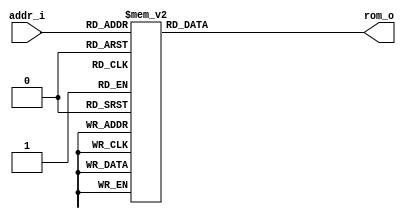
// Name: rom_volts.v
//
// Description: 


module rom_volts (
  input      [9:0] addr_i,
  output reg [11:0] rom_o
);

  always@(addr_i)  
    case(addr_i)
        0 : rom_o = 12'b000000000000; //0.000000
        1 : rom_o = 12'b000000000000; //0.000000
        2 : rom_o = 12'b000000000000; //0.000000
        3 : rom_o = 12'b000000000000; //0.000000
        4 : rom_o = 12'b000000000000; //0.000000
        5 : rom_o = 12'b000000000000; //0.000000
        6 : rom_o = 12'b000000000000; //0.000000
        7 : rom_o = 12'b000000000000; //0.000000
        8 : rom_o = 12'b000000000000; //0.000000
        9 : rom_o = 12'b000000000000; //0.000000
       10 : rom_o = 12'b000000101101; //0.036264
       11 : rom_o = 12'b000000101101; //0.036264
       12 : rom_o = 12'b000000101101; //0.036264
       13 : rom_o = 12'b000000101101; //0.036264
       14 : rom_o = 12'b000000101101; //0.036264
       15 : rom_o = 12'b000000101101; //0.036264
       16 : rom_o = 12'b000000101101; //0.036264
       17 : rom_o = 12'b000000101101; //0.036264
       18 : rom_o = 12'b000000101101; //0.036264
       19 : rom_o = 12'b000000101101; //0.036264
       20 : rom_o = 12'b000001011010; //0.072527
       21 : rom_o = 12'b000001011010; //0.072527
       22 : rom_o = 12'b000001011010; //0.072527
       23 : rom_o = 12'b000001011010; //0.072527
       24 : rom_o = 12'b000001011010; //0.072527
       25 : rom_o = 12'b000001011010; //0.072527
       26 : rom_o = 12'b000001011010; //0.072527
       27 : rom_o = 12'b000001011010; //0.072527
       28 : rom_o = 12'b000001011010; //0.072527
       29 : rom_o = 12'b000001011010; //0.072527
       30 : rom_o = 12'b000010000111; //0.108791
       31 : rom_o = 12'b000010000111; //0.108791
       32 : rom_o = 12'b000010000111; //0.108791
       33 : rom_o = 12'b000010000111; //0.108791
       34 : rom_o = 12'b000010000111; //0.108791
       35 : rom_o = 12'b000010000111; //0.108791
       36 : rom_o = 12'b000010000111; //0.108791
       37 : rom_o = 12'b000010000111; //0.108791
       38 : rom_o = 12'b000010000111; //0.108791
       39 : rom_o = 12'b000010000111; //0.108791
       40 : rom_o = 12'b000010110100; //0.145055
       41 : rom_o = 12'b000010110100; //0.145055
       42 : rom_o = 12'b000010110100; //0.145055
       43 : rom_o = 12'b000010110100; //0.145055
       44 : rom_o = 12'b000010110100; //0.145055
       45 : rom_o = 12'b000010110100; //0.145055
       46 : rom_o = 12'b000010110100; //0.145055
       47 : rom_o = 12'b000010110100; //0.145055
       48 : rom_o = 12'b000010110100; //0.145055
       49 : rom_o = 12'b000010110100; //0.145055
       50 : rom_o = 12'b000011100001; //0.181319
       51 : rom_o = 12'b000011100001; //0.181319
       52 : rom_o = 12'b000011100001; //0.181319
       53 : rom_o = 12'b000011100001; //0.181319
       54 : rom_o = 12'b000011100001; //0.181319
       55 : rom_o = 12'b000011100001; //0.181319
       56 : rom_o = 12'b000011100001; //0.181319
       57 : rom_o = 12'b000011100001; //0.181319
       58 : rom_o = 12'b000011100001; //0.181319
       59 : rom_o = 12'b000011100001; //0.181319
       60 : rom_o = 12'b000100001110; //0.217582
       61 : rom_o = 12'b000100001110; //0.217582
       62 : rom_o = 12'b000100001110; //0.217582
       63 : rom_o = 12'b000100001110; //0.217582
       64 : rom_o = 12'b000100001110; //0.217582
       65 : rom_o = 12'b000100001110; //0.217582
       66 : rom_o = 12'b000100001110; //0.217582
       67 : rom_o = 12'b000100001110; //0.217582
       68 : rom_o = 12'b000100001110; //0.217582
       69 : rom_o = 12'b000100001110; //0.217582
       70 : rom_o = 12'b000100111011; //0.253846
       71 : rom_o = 12'b000100111011; //0.253846
       72 : rom_o = 12'b000100111011; //0.253846
       73 : rom_o = 12'b000100111011; //0.253846
       74 : rom_o = 12'b000100111011; //0.253846
       75 : rom_o = 12'b000100111011; //0.253846
       76 : rom_o = 12'b000100111011; //0.253846
       77 : rom_o = 12'b000100111011; //0.253846
       78 : rom_o = 12'b000100111011; //0.253846
       79 : rom_o = 12'b000100111011; //0.253846
       80 : rom_o = 12'b000101101000; //0.290110
       81 : rom_o = 12'b000101101000; //0.290110
       82 : rom_o = 12'b000101101000; //0.290110
       83 : rom_o = 12'b000101101000; //0.290110
       84 : rom_o = 12'b000101101000; //0.290110
       85 : rom_o = 12'b000101101000; //0.290110
       86 : rom_o = 12'b000101101000; //0.290110
       87 : rom_o = 12'b000101101000; //0.290110
       88 : rom_o = 12'b000101101000; //0.290110
       89 : rom_o = 12'b000101101000; //0.290110
       90 : rom_o = 12'b000110010101; //0.326374
       91 : rom_o = 12'b000110010101; //0.326374
       92 : rom_o = 12'b000110010101; //0.326374
       93 : rom_o = 12'b000110010101; //0.326374
       94 : rom_o = 12'b000110010101; //0.326374
       95 : rom_o = 12'b000110010101; //0.326374
       96 : rom_o = 12'b000110010101; //0.326374
       97 : rom_o = 12'b000110010101; //0.326374
       98 : rom_o = 12'b000110010101; //0.326374
       99 : rom_o = 12'b000110010101; //0.326374
      100 : rom_o = 12'b000111000010; //0.362637
      101 : rom_o = 12'b000111000010; //0.362637
      102 : rom_o = 12'b000111000010; //0.362637
      103 : rom_o = 12'b000111000010; //0.362637
      104 : rom_o = 12'b000111000010; //0.362637
      105 : rom_o = 12'b000111000010; //0.362637
      106 : rom_o = 12'b000111000010; //0.362637
      107 : rom_o = 12'b000111000010; //0.362637
      108 : rom_o = 12'b000111000010; //0.362637
      109 : rom_o = 12'b000111000010; //0.362637
      110 : rom_o = 12'b000111101111; //0.398901
      111 : rom_o = 12'b000111101111; //0.398901
      112 : rom_o = 12'b000111101111; //0.398901
      113 : rom_o = 12'b000111101111; //0.398901
      114 : rom_o = 12'b000111101111; //0.398901
      115 : rom_o = 12'b000111101111; //0.398901
      116 : rom_o = 12'b000111101111; //0.398901
      117 : rom_o = 12'b000111101111; //0.398901
      118 : rom_o = 12'b000111101111; //0.398901
      119 : rom_o = 12'b000111101111; //0.398901
      120 : rom_o = 12'b001000011100; //0.435165
      121 : rom_o = 12'b001000011100; //0.435165
      122 : rom_o = 12'b001000011100; //0.435165
      123 : rom_o = 12'b001000011100; //0.435165
      124 : rom_o = 12'b001000011100; //0.435165
      125 : rom_o = 12'b001000011100; //0.435165
      126 : rom_o = 12'b001000011100; //0.435165
      127 : rom_o = 12'b001000011100; //0.435165
      128 : rom_o = 12'b001000011100; //0.435165
      129 : rom_o = 12'b001000011100; //0.435165
      130 : rom_o = 12'b001001001001; //0.471429
      131 : rom_o = 12'b001001001001; //0.471429
      132 : rom_o = 12'b001001001001; //0.471429
      133 : rom_o = 12'b001001001001; //0.471429
      134 : rom_o = 12'b001001001001; //0.471429
      135 : rom_o = 12'b001001001001; //0.471429
      136 : rom_o = 12'b001001001001; //0.471429
      137 : rom_o = 12'b001001001001; //0.471429
      138 : rom_o = 12'b001001001001; //0.471429
      139 : rom_o = 12'b001001001001; //0.471429
      140 : rom_o = 12'b001001110110; //0.507692
      141 : rom_o = 12'b001001110110; //0.507692
      142 : rom_o = 12'b001001110110; //0.507692
      143 : rom_o = 12'b001001110110; //0.507692
      144 : rom_o = 12'b001001110110; //0.507692
      145 : rom_o = 12'b001001110110; //0.507692
      146 : rom_o = 12'b001001110110; //0.507692
      147 : rom_o = 12'b001001110110; //0.507692
      148 : rom_o = 12'b001001110110; //0.507692
      149 : rom_o = 12'b001001110110; //0.507692
      150 : rom_o = 12'b001010100011; //0.543956
      151 : rom_o = 12'b001010100011; //0.543956
      152 : rom_o = 12'b001010100011; //0.543956
      153 : rom_o = 12'b001010100011; //0.543956
      154 : rom_o = 12'b001010100011; //0.543956
      155 : rom_o = 12'b001010100011; //0.543956
      156 : rom_o = 12'b001010100011; //0.543956
      157 : rom_o = 12'b001010100011; //0.543956
      158 : rom_o = 12'b001010100011; //0.543956
      159 : rom_o = 12'b001010100011; //0.543956
      160 : rom_o = 12'b001011010000; //0.580220
      161 : rom_o = 12'b001011010000; //0.580220
      162 : rom_o = 12'b001011010000; //0.580220
      163 : rom_o = 12'b001011010000; //0.580220
      164 : rom_o = 12'b001011010000; //0.580220
      165 : rom_o = 12'b001011010000; //0.580220
      166 : rom_o = 12'b001011010000; //0.580220
      167 : rom_o = 12'b001011010000; //0.580220
      168 : rom_o = 12'b001011010000; //0.580220
      169 : rom_o = 12'b001011010000; //0.580220
      170 : rom_o = 12'b001011111101; //0.616484
      171 : rom_o = 12'b001011111101; //0.616484
      172 : rom_o = 12'b001011111101; //0.616484
      173 : rom_o = 12'b001011111101; //0.616484
      174 : rom_o = 12'b001011111101; //0.616484
      175 : rom_o = 12'b001011111101; //0.616484
      176 : rom_o = 12'b001011111101; //0.616484
      177 : rom_o = 12'b001011111101; //0.616484
      178 : rom_o = 12'b001011111101; //0.616484
      179 : rom_o = 12'b001011111101; //0.616484
      180 : rom_o = 12'b001100101010; //0.652747
      181 : rom_o = 12'b001100101010; //0.652747
      182 : rom_o = 12'b001100101010; //0.652747
      183 : rom_o = 12'b001100101010; //0.652747
      184 : rom_o = 12'b001100101010; //0.652747
      185 : rom_o = 12'b001100101010; //0.652747
      186 : rom_o = 12'b001100101010; //0.652747
      187 : rom_o = 12'b001100101010; //0.652747
      188 : rom_o = 12'b001100101010; //0.652747
      189 : rom_o = 12'b001100101010; //0.652747
      190 : rom_o = 12'b001101010111; //0.689011
      191 : rom_o = 12'b001101010111; //0.689011
      192 : rom_o = 12'b001101010111; //0.689011
      193 : rom_o = 12'b001101010111; //0.689011
      194 : rom_o = 12'b001101010111; //0.689011
      195 : rom_o = 12'b001101010111; //0.689011
      196 : rom_o = 12'b001101010111; //0.689011
      197 : rom_o = 12'b001101010111; //0.689011
      198 : rom_o = 12'b001101010111; //0.689011
      199 : rom_o = 12'b001101010111; //0.689011
      200 : rom_o = 12'b001110000100; //0.725275
      201 : rom_o = 12'b001110000100; //0.725275
      202 : rom_o = 12'b001110000100; //0.725275
      203 : rom_o = 12'b001110000100; //0.725275
      204 : rom_o = 12'b001110000100; //0.725275
      205 : rom_o = 12'b001110000100; //0.725275
      206 : rom_o = 12'b001110000100; //0.725275
      207 : rom_o = 12'b001110000100; //0.725275
      208 : rom_o = 12'b001110000100; //0.725275
      209 : rom_o = 12'b001110000100; //0.725275
      210 : rom_o = 12'b001110110001; //0.761538
      211 : rom_o = 12'b001110110001; //0.761538
      212 : rom_o = 12'b001110110001; //0.761538
      213 : rom_o = 12'b001110110001; //0.761538
      214 : rom_o = 12'b001110110001; //0.761538
      215 : rom_o = 12'b001110110001; //0.761538
      216 : rom_o = 12'b001110110001; //0.761538
      217 : rom_o = 12'b001110110001; //0.761538
      218 : rom_o = 12'b001110110001; //0.761538
      219 : rom_o = 12'b001110110001; //0.761538
      220 : rom_o = 12'b001111011110; //0.797802
      221 : rom_o = 12'b001111011110; //0.797802
      222 : rom_o = 12'b001111011110; //0.797802
      223 : rom_o = 12'b001111011110; //0.797802
      224 : rom_o = 12'b001111011110; //0.797802
      225 : rom_o = 12'b001111011110; //0.797802
      226 : rom_o = 12'b001111011110; //0.797802
      227 : rom_o = 12'b001111011110; //0.797802
      228 : rom_o = 12'b001111011110; //0.797802
      229 : rom_o = 12'b001111011110; //0.797802
      230 : rom_o = 12'b010000001011; //0.834066
      231 : rom_o = 12'b010000001011; //0.834066
      232 : rom_o = 12'b010000001011; //0.834066
      233 : rom_o = 12'b010000001011; //0.834066
      234 : rom_o = 12'b010000001011; //0.834066
      235 : rom_o = 12'b010000001011; //0.834066
      236 : rom_o = 12'b010000001011; //0.834066
      237 : rom_o = 12'b010000001011; //0.834066
      238 : rom_o = 12'b010000001011; //0.834066
      239 : rom_o = 12'b010000001011; //0.834066
      240 : rom_o = 12'b010000111000; //0.870330
      241 : rom_o = 12'b010000111000; //0.870330
      242 : rom_o = 12'b010000111000; //0.870330
      243 : rom_o = 12'b010000111000; //0.870330
      244 : rom_o = 12'b010000111000; //0.870330
      245 : rom_o = 12'b010000111000; //0.870330
      246 : rom_o = 12'b010000111000; //0.870330
      247 : rom_o = 12'b010000111000; //0.870330
      248 : rom_o = 12'b010000111000; //0.870330
      249 : rom_o = 12'b010000111000; //0.870330
      250 : rom_o = 12'b010001100101; //0.906593
      251 : rom_o = 12'b010001100101; //0.906593
      252 : rom_o = 12'b010001100101; //0.906593
      253 : rom_o = 12'b010001100101; //0.906593
      254 : rom_o = 12'b010001100101; //0.906593
      255 : rom_o = 12'b010001100101; //0.906593
      256 : rom_o = 12'b010001100101; //0.906593
      257 : rom_o = 12'b010001100101; //0.906593
      258 : rom_o = 12'b010001100101; //0.906593
      259 : rom_o = 12'b010001100101; //0.906593
      260 : rom_o = 12'b010010010010; //0.942857
      261 : rom_o = 12'b010010010010; //0.942857
      262 : rom_o = 12'b010010010010; //0.942857
      263 : rom_o = 12'b010010010010; //0.942857
      264 : rom_o = 12'b010010010010; //0.942857
      265 : rom_o = 12'b010010010010; //0.942857
      266 : rom_o = 12'b010010010010; //0.942857
      267 : rom_o = 12'b010010010010; //0.942857
      268 : rom_o = 12'b010010010010; //0.942857
      269 : rom_o = 12'b010010010010; //0.942857
      270 : rom_o = 12'b010010111111; //0.979121
      271 : rom_o = 12'b010010111111; //0.979121
      272 : rom_o = 12'b010010111111; //0.979121
      273 : rom_o = 12'b010010111111; //0.979121
      274 : rom_o = 12'b010010111111; //0.979121
      275 : rom_o = 12'b010010111111; //0.979121
      276 : rom_o = 12'b010010111111; //0.979121
      277 : rom_o = 12'b010010111111; //0.979121
      278 : rom_o = 12'b010010111111; //0.979121
      279 : rom_o = 12'b010010111111; //0.979121
      280 : rom_o = 12'b010011101100; //1.015385
      281 : rom_o = 12'b010011101100; //1.015385
      282 : rom_o = 12'b010011101100; //1.015385
      283 : rom_o = 12'b010011101100; //1.015385
      284 : rom_o = 12'b010011101100; //1.015385
      285 : rom_o = 12'b010011101100; //1.015385
      286 : rom_o = 12'b010011101100; //1.015385
      287 : rom_o = 12'b010011101100; //1.015385
      288 : rom_o = 12'b010011101100; //1.015385
      289 : rom_o = 12'b010011101100; //1.015385
      290 : rom_o = 12'b010100011001; //1.051648
      291 : rom_o = 12'b010100011001; //1.051648
      292 : rom_o = 12'b010100011001; //1.051648
      293 : rom_o = 12'b010100011001; //1.051648
      294 : rom_o = 12'b010100011001; //1.051648
      295 : rom_o = 12'b010100011001; //1.051648
      296 : rom_o = 12'b010100011001; //1.051648
      297 : rom_o = 12'b010100011001; //1.051648
      298 : rom_o = 12'b010100011001; //1.051648
      299 : rom_o = 12'b010100011001; //1.051648
      300 : rom_o = 12'b010101000110; //1.087912
      301 : rom_o = 12'b010101000110; //1.087912
      302 : rom_o = 12'b010101000110; //1.087912
      303 : rom_o = 12'b010101000110; //1.087912
      304 : rom_o = 12'b010101000110; //1.087912
      305 : rom_o = 12'b010101000110; //1.087912
      306 : rom_o = 12'b010101000110; //1.087912
      307 : rom_o = 12'b010101000110; //1.087912
      308 : rom_o = 12'b010101000110; //1.087912
      309 : rom_o = 12'b010101000110; //1.087912
      310 : rom_o = 12'b010101110011; //1.124176
      311 : rom_o = 12'b010101110011; //1.124176
      312 : rom_o = 12'b010101110011; //1.124176
      313 : rom_o = 12'b010101110011; //1.124176
      314 : rom_o = 12'b010101110011; //1.124176
      315 : rom_o = 12'b010101110011; //1.124176
      316 : rom_o = 12'b010101110011; //1.124176
      317 : rom_o = 12'b010101110011; //1.124176
      318 : rom_o = 12'b010101110011; //1.124176
      319 : rom_o = 12'b010101110011; //1.124176
      320 : rom_o = 12'b010110100000; //1.160440
      321 : rom_o = 12'b010110100000; //1.160440
      322 : rom_o = 12'b010110100000; //1.160440
      323 : rom_o = 12'b010110100000; //1.160440
      324 : rom_o = 12'b010110100000; //1.160440
      325 : rom_o = 12'b010110100000; //1.160440
      326 : rom_o = 12'b010110100000; //1.160440
      327 : rom_o = 12'b010110100000; //1.160440
      328 : rom_o = 12'b010110100000; //1.160440
      329 : rom_o = 12'b010110100000; //1.160440
      330 : rom_o = 12'b010111001101; //1.196703
      331 : rom_o = 12'b010111001101; //1.196703
      332 : rom_o = 12'b010111001101; //1.196703
      333 : rom_o = 12'b010111001101; //1.196703
      334 : rom_o = 12'b010111001101; //1.196703
      335 : rom_o = 12'b010111001101; //1.196703
      336 : rom_o = 12'b010111001101; //1.196703
      337 : rom_o = 12'b010111001101; //1.196703
      338 : rom_o = 12'b010111001101; //1.196703
      339 : rom_o = 12'b010111001101; //1.196703
      340 : rom_o = 12'b010111111010; //1.232967
      341 : rom_o = 12'b010111111010; //1.232967
      342 : rom_o = 12'b010111111010; //1.232967
      343 : rom_o = 12'b010111111010; //1.232967
      344 : rom_o = 12'b010111111010; //1.232967
      345 : rom_o = 12'b010111111010; //1.232967
      346 : rom_o = 12'b010111111010; //1.232967
      347 : rom_o = 12'b010111111010; //1.232967
      348 : rom_o = 12'b010111111010; //1.232967
      349 : rom_o = 12'b010111111010; //1.232967
      350 : rom_o = 12'b011000100111; //1.269231
      351 : rom_o = 12'b011000100111; //1.269231
      352 : rom_o = 12'b011000100111; //1.269231
      353 : rom_o = 12'b011000100111; //1.269231
      354 : rom_o = 12'b011000100111; //1.269231
      355 : rom_o = 12'b011000100111; //1.269231
      356 : rom_o = 12'b011000100111; //1.269231
      357 : rom_o = 12'b011000100111; //1.269231
      358 : rom_o = 12'b011000100111; //1.269231
      359 : rom_o = 12'b011000100111; //1.269231
      360 : rom_o = 12'b011001010100; //1.305495
      361 : rom_o = 12'b011001010100; //1.305495
      362 : rom_o = 12'b011001010100; //1.305495
      363 : rom_o = 12'b011001010100; //1.305495
      364 : rom_o = 12'b011001010100; //1.305495
      365 : rom_o = 12'b011001010100; //1.305495
      366 : rom_o = 12'b011001010100; //1.305495
      367 : rom_o = 12'b011001010100; //1.305495
      368 : rom_o = 12'b011001010100; //1.305495
      369 : rom_o = 12'b011001010100; //1.305495
      370 : rom_o = 12'b011010000001; //1.341758
      371 : rom_o = 12'b011010000001; //1.341758
      372 : rom_o = 12'b011010000001; //1.341758
      373 : rom_o = 12'b011010000001; //1.341758
      374 : rom_o = 12'b011010000001; //1.341758
      375 : rom_o = 12'b011010000001; //1.341758
      376 : rom_o = 12'b011010000001; //1.341758
      377 : rom_o = 12'b011010000001; //1.341758
      378 : rom_o = 12'b011010000001; //1.341758
      379 : rom_o = 12'b011010000001; //1.341758
      380 : rom_o = 12'b011010101110; //1.378022
      381 : rom_o = 12'b011010101110; //1.378022
      382 : rom_o = 12'b011010101110; //1.378022
      383 : rom_o = 12'b011010101110; //1.378022
      384 : rom_o = 12'b011010101110; //1.378022
      385 : rom_o = 12'b011010101110; //1.378022
      386 : rom_o = 12'b011010101110; //1.378022
      387 : rom_o = 12'b011010101110; //1.378022
      388 : rom_o = 12'b011010101110; //1.378022
      389 : rom_o = 12'b011010101110; //1.378022
      390 : rom_o = 12'b011011011011; //1.414286
      391 : rom_o = 12'b011011011011; //1.414286
      392 : rom_o = 12'b011011011011; //1.414286
      393 : rom_o = 12'b011011011011; //1.414286
      394 : rom_o = 12'b011011011011; //1.414286
      395 : rom_o = 12'b011011011011; //1.414286
      396 : rom_o = 12'b011011011011; //1.414286
      397 : rom_o = 12'b011011011011; //1.414286
      398 : rom_o = 12'b011011011011; //1.414286
      399 : rom_o = 12'b011011011011; //1.414286
      400 : rom_o = 12'b011100001000; //1.450549
      401 : rom_o = 12'b011100001000; //1.450549
      402 : rom_o = 12'b011100001000; //1.450549
      403 : rom_o = 12'b011100001000; //1.450549
      404 : rom_o = 12'b011100001000; //1.450549
      405 : rom_o = 12'b011100001000; //1.450549
      406 : rom_o = 12'b011100001000; //1.450549
      407 : rom_o = 12'b011100001000; //1.450549
      408 : rom_o = 12'b011100001000; //1.450549
      409 : rom_o = 12'b011100001000; //1.450549
      410 : rom_o = 12'b011100110101; //1.486813
      411 : rom_o = 12'b011100110101; //1.486813
      412 : rom_o = 12'b011100110101; //1.486813
      413 : rom_o = 12'b011100110101; //1.486813
      414 : rom_o = 12'b011100110101; //1.486813
      415 : rom_o = 12'b011100110101; //1.486813
      416 : rom_o = 12'b011100110101; //1.486813
      417 : rom_o = 12'b011100110101; //1.486813
      418 : rom_o = 12'b011100110101; //1.486813
      419 : rom_o = 12'b011100110101; //1.486813
      420 : rom_o = 12'b011101100010; //1.523077
      421 : rom_o = 12'b011101100010; //1.523077
      422 : rom_o = 12'b011101100010; //1.523077
      423 : rom_o = 12'b011101100010; //1.523077
      424 : rom_o = 12'b011101100010; //1.523077
      425 : rom_o = 12'b011101100010; //1.523077
      426 : rom_o = 12'b011101100010; //1.523077
      427 : rom_o = 12'b011101100010; //1.523077
      428 : rom_o = 12'b011101100010; //1.523077
      429 : rom_o = 12'b011101100010; //1.523077
      430 : rom_o = 12'b011110001111; //1.559341
      431 : rom_o = 12'b011110001111; //1.559341
      432 : rom_o = 12'b011110001111; //1.559341
      433 : rom_o = 12'b011110001111; //1.559341
      434 : rom_o = 12'b011110001111; //1.559341
      435 : rom_o = 12'b011110001111; //1.559341
      436 : rom_o = 12'b011110001111; //1.559341
      437 : rom_o = 12'b011110001111; //1.559341
      438 : rom_o = 12'b011110001111; //1.559341
      439 : rom_o = 12'b011110001111; //1.559341
      440 : rom_o = 12'b011110111100; //1.595604
      441 : rom_o = 12'b011110111100; //1.595604
      442 : rom_o = 12'b011110111100; //1.595604
      443 : rom_o = 12'b011110111100; //1.595604
      444 : rom_o = 12'b011110111100; //1.595604
      445 : rom_o = 12'b011110111100; //1.595604
      446 : rom_o = 12'b011110111100; //1.595604
      447 : rom_o = 12'b011110111100; //1.595604
      448 : rom_o = 12'b011110111100; //1.595604
      449 : rom_o = 12'b011110111100; //1.595604
      450 : rom_o = 12'b011111101001; //1.631868
      451 : rom_o = 12'b011111101001; //1.631868
      452 : rom_o = 12'b011111101001; //1.631868
      453 : rom_o = 12'b011111101001; //1.631868
      454 : rom_o = 12'b011111101001; //1.631868
      455 : rom_o = 12'b011111101001; //1.631868
      456 : rom_o = 12'b011111101001; //1.631868
      457 : rom_o = 12'b011111101001; //1.631868
      458 : rom_o = 12'b011111101001; //1.631868
      459 : rom_o = 12'b011111101001; //1.631868
      460 : rom_o = 12'b100000010110; //1.668132
      461 : rom_o = 12'b100000010110; //1.668132
      462 : rom_o = 12'b100000010110; //1.668132
      463 : rom_o = 12'b100000010110; //1.668132
      464 : rom_o = 12'b100000010110; //1.668132
      465 : rom_o = 12'b100000010110; //1.668132
      466 : rom_o = 12'b100000010110; //1.668132
      467 : rom_o = 12'b100000010110; //1.668132
      468 : rom_o = 12'b100000010110; //1.668132
      469 : rom_o = 12'b100000010110; //1.668132
      470 : rom_o = 12'b100001000011; //1.704396
      471 : rom_o = 12'b100001000011; //1.704396
      472 : rom_o = 12'b100001000011; //1.704396
      473 : rom_o = 12'b100001000011; //1.704396
      474 : rom_o = 12'b100001000011; //1.704396
      475 : rom_o = 12'b100001000011; //1.704396
      476 : rom_o = 12'b100001000011; //1.704396
      477 : rom_o = 12'b100001000011; //1.704396
      478 : rom_o = 12'b100001000011; //1.704396
      479 : rom_o = 12'b100001000011; //1.704396
      480 : rom_o = 12'b100001110000; //1.740659
      481 : rom_o = 12'b100001110000; //1.740659
      482 : rom_o = 12'b100001110000; //1.740659
      483 : rom_o = 12'b100001110000; //1.740659
      484 : rom_o = 12'b100001110000; //1.740659
      485 : rom_o = 12'b100001110000; //1.740659
      486 : rom_o = 12'b100001110000; //1.740659
      487 : rom_o = 12'b100001110000; //1.740659
      488 : rom_o = 12'b100001110000; //1.740659
      489 : rom_o = 12'b100001110000; //1.740659
      490 : rom_o = 12'b100010011101; //1.776923
      491 : rom_o = 12'b100010011101; //1.776923
      492 : rom_o = 12'b100010011101; //1.776923
      493 : rom_o = 12'b100010011101; //1.776923
      494 : rom_o = 12'b100010011101; //1.776923
      495 : rom_o = 12'b100010011101; //1.776923
      496 : rom_o = 12'b100010011101; //1.776923
      497 : rom_o = 12'b100010011101; //1.776923
      498 : rom_o = 12'b100010011101; //1.776923
      499 : rom_o = 12'b100010011101; //1.776923
      500 : rom_o = 12'b100011001010; //1.813187
      501 : rom_o = 12'b100011001010; //1.813187
      502 : rom_o = 12'b100011001010; //1.813187
      503 : rom_o = 12'b100011001010; //1.813187
      504 : rom_o = 12'b100011001010; //1.813187
      505 : rom_o = 12'b100011001010; //1.813187
      506 : rom_o = 12'b100011001010; //1.813187
      507 : rom_o = 12'b100011001010; //1.813187
      508 : rom_o = 12'b100011001010; //1.813187
      509 : rom_o = 12'b100011001010; //1.813187
      510 : rom_o = 12'b100011110111; //1.849451
      511 : rom_o = 12'b100011110111; //1.849451
      512 : rom_o = 12'b100011110111; //1.849451
      513 : rom_o = 12'b100011110111; //1.849451
      514 : rom_o = 12'b100011110111; //1.849451
      515 : rom_o = 12'b100011110111; //1.849451
      516 : rom_o = 12'b100011110111; //1.849451
      517 : rom_o = 12'b100011110111; //1.849451
      518 : rom_o = 12'b100011110111; //1.849451
      519 : rom_o = 12'b100011110111; //1.849451
      520 : rom_o = 12'b100100100100; //1.885714
      521 : rom_o = 12'b100100100100; //1.885714
      522 : rom_o = 12'b100100100100; //1.885714
      523 : rom_o = 12'b100100100100; //1.885714
      524 : rom_o = 12'b100100100100; //1.885714
      525 : rom_o = 12'b100100100100; //1.885714
      526 : rom_o = 12'b100100100100; //1.885714
      527 : rom_o = 12'b100100100100; //1.885714
      528 : rom_o = 12'b100100100100; //1.885714
      529 : rom_o = 12'b100100100100; //1.885714
      530 : rom_o = 12'b100101010001; //1.921978
      531 : rom_o = 12'b100101010001; //1.921978
      532 : rom_o = 12'b100101010001; //1.921978
      533 : rom_o = 12'b100101010001; //1.921978
      534 : rom_o = 12'b100101010001; //1.921978
      535 : rom_o = 12'b100101010001; //1.921978
      536 : rom_o = 12'b100101010001; //1.921978
      537 : rom_o = 12'b100101010001; //1.921978
      538 : rom_o = 12'b100101010001; //1.921978
      539 : rom_o = 12'b100101010001; //1.921978
      540 : rom_o = 12'b100101111110; //1.958242
      541 : rom_o = 12'b100101111110; //1.958242
      542 : rom_o = 12'b100101111110; //1.958242
      543 : rom_o = 12'b100101111110; //1.958242
      544 : rom_o = 12'b100101111110; //1.958242
      545 : rom_o = 12'b100101111110; //1.958242
      546 : rom_o = 12'b100101111110; //1.958242
      547 : rom_o = 12'b100101111110; //1.958242
      548 : rom_o = 12'b100101111110; //1.958242
      549 : rom_o = 12'b100101111110; //1.958242
      550 : rom_o = 12'b100110101011; //1.994505
      551 : rom_o = 12'b100110101011; //1.994505
      552 : rom_o = 12'b100110101011; //1.994505
      553 : rom_o = 12'b100110101011; //1.994505
      554 : rom_o = 12'b100110101011; //1.994505
      555 : rom_o = 12'b100110101011; //1.994505
      556 : rom_o = 12'b100110101011; //1.994505
      557 : rom_o = 12'b100110101011; //1.994505
      558 : rom_o = 12'b100110101011; //1.994505
      559 : rom_o = 12'b100110101011; //1.994505
      560 : rom_o = 12'b100111011000; //2.030769
      561 : rom_o = 12'b100111011000; //2.030769
      562 : rom_o = 12'b100111011000; //2.030769
      563 : rom_o = 12'b100111011000; //2.030769
      564 : rom_o = 12'b100111011000; //2.030769
      565 : rom_o = 12'b100111011000; //2.030769
      566 : rom_o = 12'b100111011000; //2.030769
      567 : rom_o = 12'b100111011000; //2.030769
      568 : rom_o = 12'b100111011000; //2.030769
      569 : rom_o = 12'b100111011000; //2.030769
      570 : rom_o = 12'b101000000101; //2.067033
      571 : rom_o = 12'b101000000101; //2.067033
      572 : rom_o = 12'b101000000101; //2.067033
      573 : rom_o = 12'b101000000101; //2.067033
      574 : rom_o = 12'b101000000101; //2.067033
      575 : rom_o = 12'b101000000101; //2.067033
      576 : rom_o = 12'b101000000101; //2.067033
      577 : rom_o = 12'b101000000101; //2.067033
      578 : rom_o = 12'b101000000101; //2.067033
      579 : rom_o = 12'b101000000101; //2.067033
      580 : rom_o = 12'b101000110010; //2.103297
      581 : rom_o = 12'b101000110010; //2.103297
      582 : rom_o = 12'b101000110010; //2.103297
      583 : rom_o = 12'b101000110010; //2.103297
      584 : rom_o = 12'b101000110010; //2.103297
      585 : rom_o = 12'b101000110010; //2.103297
      586 : rom_o = 12'b101000110010; //2.103297
      587 : rom_o = 12'b101000110010; //2.103297
      588 : rom_o = 12'b101000110010; //2.103297
      589 : rom_o = 12'b101000110010; //2.103297
      590 : rom_o = 12'b101001011111; //2.139560
      591 : rom_o = 12'b101001011111; //2.139560
      592 : rom_o = 12'b101001011111; //2.139560
      593 : rom_o = 12'b101001011111; //2.139560
      594 : rom_o = 12'b101001011111; //2.139560
      595 : rom_o = 12'b101001011111; //2.139560
      596 : rom_o = 12'b101001011111; //2.139560
      597 : rom_o = 12'b101001011111; //2.139560
      598 : rom_o = 12'b101001011111; //2.139560
      599 : rom_o = 12'b101001011111; //2.139560
      600 : rom_o = 12'b101010001100; //2.175824
      601 : rom_o = 12'b101010001100; //2.175824
      602 : rom_o = 12'b101010001100; //2.175824
      603 : rom_o = 12'b101010001100; //2.175824
      604 : rom_o = 12'b101010001100; //2.175824
      605 : rom_o = 12'b101010001100; //2.175824
      606 : rom_o = 12'b101010001100; //2.175824
      607 : rom_o = 12'b101010001100; //2.175824
      608 : rom_o = 12'b101010001100; //2.175824
      609 : rom_o = 12'b101010001100; //2.175824
      610 : rom_o = 12'b101010111001; //2.212088
      611 : rom_o = 12'b101010111001; //2.212088
      612 : rom_o = 12'b101010111001; //2.212088
      613 : rom_o = 12'b101010111001; //2.212088
      614 : rom_o = 12'b101010111001; //2.212088
      615 : rom_o = 12'b101010111001; //2.212088
      616 : rom_o = 12'b101010111001; //2.212088
      617 : rom_o = 12'b101010111001; //2.212088
      618 : rom_o = 12'b101010111001; //2.212088
      619 : rom_o = 12'b101010111001; //2.212088
      620 : rom_o = 12'b101011100110; //2.248352
      621 : rom_o = 12'b101011100110; //2.248352
      622 : rom_o = 12'b101011100110; //2.248352
      623 : rom_o = 12'b101011100110; //2.248352
      624 : rom_o = 12'b101011100110; //2.248352
      625 : rom_o = 12'b101011100110; //2.248352
      626 : rom_o = 12'b101011100110; //2.248352
      627 : rom_o = 12'b101011100110; //2.248352
      628 : rom_o = 12'b101011100110; //2.248352
      629 : rom_o = 12'b101011100110; //2.248352
      630 : rom_o = 12'b101100010011; //2.284615
      631 : rom_o = 12'b101100010011; //2.284615
      632 : rom_o = 12'b101100010011; //2.284615
      633 : rom_o = 12'b101100010011; //2.284615
      634 : rom_o = 12'b101100010011; //2.284615
      635 : rom_o = 12'b101100010011; //2.284615
      636 : rom_o = 12'b101100010011; //2.284615
      637 : rom_o = 12'b101100010011; //2.284615
      638 : rom_o = 12'b101100010011; //2.284615
      639 : rom_o = 12'b101100010011; //2.284615
      640 : rom_o = 12'b101101000000; //2.320879
      641 : rom_o = 12'b101101000000; //2.320879
      642 : rom_o = 12'b101101000000; //2.320879
      643 : rom_o = 12'b101101000000; //2.320879
      644 : rom_o = 12'b101101000000; //2.320879
      645 : rom_o = 12'b101101000000; //2.320879
      646 : rom_o = 12'b101101000000; //2.320879
      647 : rom_o = 12'b101101000000; //2.320879
      648 : rom_o = 12'b101101000000; //2.320879
      649 : rom_o = 12'b101101000000; //2.320879
      650 : rom_o = 12'b101101101101; //2.357143
      651 : rom_o = 12'b101101101101; //2.357143
      652 : rom_o = 12'b101101101101; //2.357143
      653 : rom_o = 12'b101101101101; //2.357143
      654 : rom_o = 12'b101101101101; //2.357143
      655 : rom_o = 12'b101101101101; //2.357143
      656 : rom_o = 12'b101101101101; //2.357143
      657 : rom_o = 12'b101101101101; //2.357143
      658 : rom_o = 12'b101101101101; //2.357143
      659 : rom_o = 12'b101101101101; //2.357143
      660 : rom_o = 12'b101110011010; //2.393407
      661 : rom_o = 12'b101110011010; //2.393407
      662 : rom_o = 12'b101110011010; //2.393407
      663 : rom_o = 12'b101110011010; //2.393407
      664 : rom_o = 12'b101110011010; //2.393407
      665 : rom_o = 12'b101110011010; //2.393407
      666 : rom_o = 12'b101110011010; //2.393407
      667 : rom_o = 12'b101110011010; //2.393407
      668 : rom_o = 12'b101110011010; //2.393407
      669 : rom_o = 12'b101110011010; //2.393407
      670 : rom_o = 12'b101111000111; //2.429670
      671 : rom_o = 12'b101111000111; //2.429670
      672 : rom_o = 12'b101111000111; //2.429670
      673 : rom_o = 12'b101111000111; //2.429670
      674 : rom_o = 12'b101111000111; //2.429670
      675 : rom_o = 12'b101111000111; //2.429670
      676 : rom_o = 12'b101111000111; //2.429670
      677 : rom_o = 12'b101111000111; //2.429670
      678 : rom_o = 12'b101111000111; //2.429670
      679 : rom_o = 12'b101111000111; //2.429670
      680 : rom_o = 12'b101111110100; //2.465934
      681 : rom_o = 12'b101111110100; //2.465934
      682 : rom_o = 12'b101111110100; //2.465934
      683 : rom_o = 12'b101111110100; //2.465934
      684 : rom_o = 12'b101111110100; //2.465934
      685 : rom_o = 12'b101111110100; //2.465934
      686 : rom_o = 12'b101111110100; //2.465934
      687 : rom_o = 12'b101111110100; //2.465934
      688 : rom_o = 12'b101111110100; //2.465934
      689 : rom_o = 12'b101111110100; //2.465934
      690 : rom_o = 12'b110000100001; //2.502198
      691 : rom_o = 12'b110000100001; //2.502198
      692 : rom_o = 12'b110000100001; //2.502198
      693 : rom_o = 12'b110000100001; //2.502198
      694 : rom_o = 12'b110000100001; //2.502198
      695 : rom_o = 12'b110000100001; //2.502198
      696 : rom_o = 12'b110000100001; //2.502198
      697 : rom_o = 12'b110000100001; //2.502198
      698 : rom_o = 12'b110000100001; //2.502198
      699 : rom_o = 12'b110000100001; //2.502198
      700 : rom_o = 12'b110001001110; //2.538462
      701 : rom_o = 12'b110001001110; //2.538462
      702 : rom_o = 12'b110001001110; //2.538462
      703 : rom_o = 12'b110001001110; //2.538462
      704 : rom_o = 12'b110001001110; //2.538462
      705 : rom_o = 12'b110001001110; //2.538462
      706 : rom_o = 12'b110001001110; //2.538462
      707 : rom_o = 12'b110001001110; //2.538462
      708 : rom_o = 12'b110001001110; //2.538462
      709 : rom_o = 12'b110001001110; //2.538462
      710 : rom_o = 12'b110001111011; //2.574725
      711 : rom_o = 12'b110001111011; //2.574725
      712 : rom_o = 12'b110001111011; //2.574725
      713 : rom_o = 12'b110001111011; //2.574725
      714 : rom_o = 12'b110001111011; //2.574725
      715 : rom_o = 12'b110001111011; //2.574725
      716 : rom_o = 12'b110001111011; //2.574725
      717 : rom_o = 12'b110001111011; //2.574725
      718 : rom_o = 12'b110001111011; //2.574725
      719 : rom_o = 12'b110001111011; //2.574725
      720 : rom_o = 12'b110010101000; //2.610989
      721 : rom_o = 12'b110010101000; //2.610989
      722 : rom_o = 12'b110010101000; //2.610989
      723 : rom_o = 12'b110010101000; //2.610989
      724 : rom_o = 12'b110010101000; //2.610989
      725 : rom_o = 12'b110010101000; //2.610989
      726 : rom_o = 12'b110010101000; //2.610989
      727 : rom_o = 12'b110010101000; //2.610989
      728 : rom_o = 12'b110010101000; //2.610989
      729 : rom_o = 12'b110010101000; //2.610989
      730 : rom_o = 12'b110011010101; //2.647253
      731 : rom_o = 12'b110011010101; //2.647253
      732 : rom_o = 12'b110011010101; //2.647253
      733 : rom_o = 12'b110011010101; //2.647253
      734 : rom_o = 12'b110011010101; //2.647253
      735 : rom_o = 12'b110011010101; //2.647253
      736 : rom_o = 12'b110011010101; //2.647253
      737 : rom_o = 12'b110011010101; //2.647253
      738 : rom_o = 12'b110011010101; //2.647253
      739 : rom_o = 12'b110011010101; //2.647253
      740 : rom_o = 12'b110100000010; //2.683516
      741 : rom_o = 12'b110100000010; //2.683516
      742 : rom_o = 12'b110100000010; //2.683516
      743 : rom_o = 12'b110100000010; //2.683516
      744 : rom_o = 12'b110100000010; //2.683516
      745 : rom_o = 12'b110100000010; //2.683516
      746 : rom_o = 12'b110100000010; //2.683516
      747 : rom_o = 12'b110100000010; //2.683516
      748 : rom_o = 12'b110100000010; //2.683516
      749 : rom_o = 12'b110100000010; //2.683516
      750 : rom_o = 12'b110100101111; //2.719780
      751 : rom_o = 12'b110100101111; //2.719780
      752 : rom_o = 12'b110100101111; //2.719780
      753 : rom_o = 12'b110100101111; //2.719780
      754 : rom_o = 12'b110100101111; //2.719780
      755 : rom_o = 12'b110100101111; //2.719780
      756 : rom_o = 12'b110100101111; //2.719780
      757 : rom_o = 12'b110100101111; //2.719780
      758 : rom_o = 12'b110100101111; //2.719780
      759 : rom_o = 12'b110100101111; //2.719780
      760 : rom_o = 12'b110101011100; //2.756044
      761 : rom_o = 12'b110101011100; //2.756044
      762 : rom_o = 12'b110101011100; //2.756044
      763 : rom_o = 12'b110101011100; //2.756044
      764 : rom_o = 12'b110101011100; //2.756044
      765 : rom_o = 12'b110101011100; //2.756044
      766 : rom_o = 12'b110101011100; //2.756044
      767 : rom_o = 12'b110101011100; //2.756044
      768 : rom_o = 12'b110101011100; //2.756044
      769 : rom_o = 12'b110101011100; //2.756044
      770 : rom_o = 12'b110110001001; //2.792308
      771 : rom_o = 12'b110110001001; //2.792308
      772 : rom_o = 12'b110110001001; //2.792308
      773 : rom_o = 12'b110110001001; //2.792308
      774 : rom_o = 12'b110110001001; //2.792308
      775 : rom_o = 12'b110110001001; //2.792308
      776 : rom_o = 12'b110110001001; //2.792308
      777 : rom_o = 12'b110110001001; //2.792308
      778 : rom_o = 12'b110110001001; //2.792308
      779 : rom_o = 12'b110110001001; //2.792308
      780 : rom_o = 12'b110110110110; //2.828571
      781 : rom_o = 12'b110110110110; //2.828571
      782 : rom_o = 12'b110110110110; //2.828571
      783 : rom_o = 12'b110110110110; //2.828571
      784 : rom_o = 12'b110110110110; //2.828571
      785 : rom_o = 12'b110110110110; //2.828571
      786 : rom_o = 12'b110110110110; //2.828571
      787 : rom_o = 12'b110110110110; //2.828571
      788 : rom_o = 12'b110110110110; //2.828571
      789 : rom_o = 12'b110110110110; //2.828571
      790 : rom_o = 12'b110111100011; //2.864835
      791 : rom_o = 12'b110111100011; //2.864835
      792 : rom_o = 12'b110111100011; //2.864835
      793 : rom_o = 12'b110111100011; //2.864835
      794 : rom_o = 12'b110111100011; //2.864835
      795 : rom_o = 12'b110111100011; //2.864835
      796 : rom_o = 12'b110111100011; //2.864835
      797 : rom_o = 12'b110111100011; //2.864835
      798 : rom_o = 12'b110111100011; //2.864835
      799 : rom_o = 12'b110111100011; //2.864835
      800 : rom_o = 12'b111000010000; //2.901099
      801 : rom_o = 12'b111000010000; //2.901099
      802 : rom_o = 12'b111000010000; //2.901099
      803 : rom_o = 12'b111000010000; //2.901099
      804 : rom_o = 12'b111000010000; //2.901099
      805 : rom_o = 12'b111000010000; //2.901099
      806 : rom_o = 12'b111000010000; //2.901099
      807 : rom_o = 12'b111000010000; //2.901099
      808 : rom_o = 12'b111000010000; //2.901099
      809 : rom_o = 12'b111000010000; //2.901099
      810 : rom_o = 12'b111000111101; //2.937363
      811 : rom_o = 12'b111000111101; //2.937363
      812 : rom_o = 12'b111000111101; //2.937363
      813 : rom_o = 12'b111000111101; //2.937363
      814 : rom_o = 12'b111000111101; //2.937363
      815 : rom_o = 12'b111000111101; //2.937363
      816 : rom_o = 12'b111000111101; //2.937363
      817 : rom_o = 12'b111000111101; //2.937363
      818 : rom_o = 12'b111000111101; //2.937363
      819 : rom_o = 12'b111000111101; //2.937363
      820 : rom_o = 12'b111001101010; //2.973626
      821 : rom_o = 12'b111001101010; //2.973626
      822 : rom_o = 12'b111001101010; //2.973626
      823 : rom_o = 12'b111001101010; //2.973626
      824 : rom_o = 12'b111001101010; //2.973626
      825 : rom_o = 12'b111001101010; //2.973626
      826 : rom_o = 12'b111001101010; //2.973626
      827 : rom_o = 12'b111001101010; //2.973626
      828 : rom_o = 12'b111001101010; //2.973626
      829 : rom_o = 12'b111001101010; //2.973626
      830 : rom_o = 12'b111010010111; //3.009890
      831 : rom_o = 12'b111010010111; //3.009890
      832 : rom_o = 12'b111010010111; //3.009890
      833 : rom_o = 12'b111010010111; //3.009890
      834 : rom_o = 12'b111010010111; //3.009890
      835 : rom_o = 12'b111010010111; //3.009890
      836 : rom_o = 12'b111010010111; //3.009890
      837 : rom_o = 12'b111010010111; //3.009890
      838 : rom_o = 12'b111010010111; //3.009890
      839 : rom_o = 12'b111010010111; //3.009890
      840 : rom_o = 12'b111011000100; //3.046154
      841 : rom_o = 12'b111011000100; //3.046154
      842 : rom_o = 12'b111011000100; //3.046154
      843 : rom_o = 12'b111011000100; //3.046154
      844 : rom_o = 12'b111011000100; //3.046154
      845 : rom_o = 12'b111011000100; //3.046154
      846 : rom_o = 12'b111011000100; //3.046154
      847 : rom_o = 12'b111011000100; //3.046154
      848 : rom_o = 12'b111011000100; //3.046154
      849 : rom_o = 12'b111011000100; //3.046154
      850 : rom_o = 12'b111011110001; //3.082418
      851 : rom_o = 12'b111011110001; //3.082418
      852 : rom_o = 12'b111011110001; //3.082418
      853 : rom_o = 12'b111011110001; //3.082418
      854 : rom_o = 12'b111011110001; //3.082418
      855 : rom_o = 12'b111011110001; //3.082418
      856 : rom_o = 12'b111011110001; //3.082418
      857 : rom_o = 12'b111011110001; //3.082418
      858 : rom_o = 12'b111011110001; //3.082418
      859 : rom_o = 12'b111011110001; //3.082418
      860 : rom_o = 12'b111100011110; //3.118681
      861 : rom_o = 12'b111100011110; //3.118681
      862 : rom_o = 12'b111100011110; //3.118681
      863 : rom_o = 12'b111100011110; //3.118681
      864 : rom_o = 12'b111100011110; //3.118681
      865 : rom_o = 12'b111100011110; //3.118681
      866 : rom_o = 12'b111100011110; //3.118681
      867 : rom_o = 12'b111100011110; //3.118681
      868 : rom_o = 12'b111100011110; //3.118681
      869 : rom_o = 12'b111100011110; //3.118681
      870 : rom_o = 12'b111101001011; //3.154945
      871 : rom_o = 12'b111101001011; //3.154945
      872 : rom_o = 12'b111101001011; //3.154945
      873 : rom_o = 12'b111101001011; //3.154945
      874 : rom_o = 12'b111101001011; //3.154945
      875 : rom_o = 12'b111101001011; //3.154945
      876 : rom_o = 12'b111101001011; //3.154945
      877 : rom_o = 12'b111101001011; //3.154945
      878 : rom_o = 12'b111101001011; //3.154945
      879 : rom_o = 12'b111101001011; //3.154945
      880 : rom_o = 12'b111101111000; //3.191209
      881 : rom_o = 12'b111101111000; //3.191209
      882 : rom_o = 12'b111101111000; //3.191209
      883 : rom_o = 12'b111101111000; //3.191209
      884 : rom_o = 12'b111101111000; //3.191209
      885 : rom_o = 12'b111101111000; //3.191209
      886 : rom_o = 12'b111101111000; //3.191209
      887 : rom_o = 12'b111101111000; //3.191209
      888 : rom_o = 12'b111101111000; //3.191209
      889 : rom_o = 12'b111101111000; //3.191209
      890 : rom_o = 12'b111110100101; //3.227473
      891 : rom_o = 12'b111110100101; //3.227473
      892 : rom_o = 12'b111110100101; //3.227473
      893 : rom_o = 12'b111110100101; //3.227473
      894 : rom_o = 12'b111110100101; //3.227473
      895 : rom_o = 12'b111110100101; //3.227473
      896 : rom_o = 12'b111110100101; //3.227473
      897 : rom_o = 12'b111110100101; //3.227473
      898 : rom_o = 12'b111110100101; //3.227473
      899 : rom_o = 12'b111110100101; //3.227473
      900 : rom_o = 12'b111111010010; //3.263736
      901 : rom_o = 12'b111111010010; //3.263736
      902 : rom_o = 12'b111111010010; //3.263736
      903 : rom_o = 12'b111111010010; //3.263736
      904 : rom_o = 12'b111111010010; //3.263736
      905 : rom_o = 12'b111111010010; //3.263736
      906 : rom_o = 12'b111111010010; //3.263736
      907 : rom_o = 12'b111111010010; //3.263736
      908 : rom_o = 12'b111111010010; //3.263736
      909 : rom_o = 12'b111111010010; //3.263736
      910 : rom_o = 12'b111111111111; //3.300000
      911 : rom_o = 12'b111111111111; //3.300000
      912 : rom_o = 12'b111111111111; //3.300000
      913 : rom_o = 12'b111111111111; //3.300000
      914 : rom_o = 12'b111111111111; //3.300000
      915 : rom_o = 12'b111111111111; //3.300000
      916 : rom_o = 12'b111111111111; //3.300000
      917 : rom_o = 12'b111111111111; //3.300000
      918 : rom_o = 12'b111111111111; //3.300000
      919 : rom_o = 12'b111111111111; //3.300000
	  default: rom_o = 12'b000000000000;
	endcase
endmodule